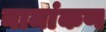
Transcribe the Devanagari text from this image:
नामांकण